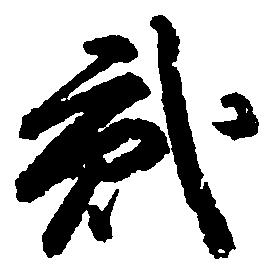
弐